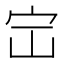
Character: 𪧅